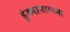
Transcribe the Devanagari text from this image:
हुंड्यासारख्या